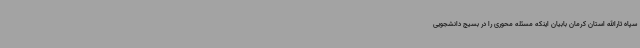
سپاه ثارالله استان کرمان بابیان اینکه مسئله‌ محوری را در بسیج دانشجویی